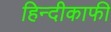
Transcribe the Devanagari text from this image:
हिन्दीकाफी